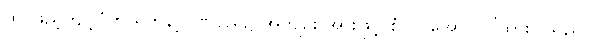
ထို ဖြည့်ကျင့်ပုံကို ရတနာ့ဂုဏ်ရည်၌ အကျဉ်း အားဖြင့် စုံလင်အောင် ပြထားပါသည်။